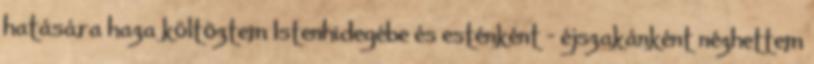
hatására haza költõztem Istenhidegébe és esténként - éjszakánként nézhettem